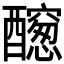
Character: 𨣭